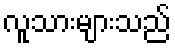
လူသားများသည်